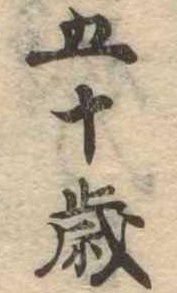
五十歳